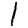
Digit: 1